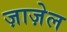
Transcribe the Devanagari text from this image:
ज़ाज़ेल